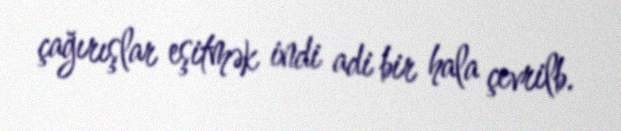
çağırışlar eşitmək indi adi bir hala çevrilb.